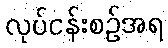
လုပ်ငန်းစဉ်အရ